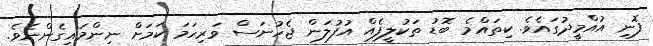
ފޮނި އުއްމީދުގައެވެ. ކިތައްމެ ބޮޑު ތަކުލީފެއް އުފުލަން ޖެހުނަސް ވަރިހަމަ ކަމަށް ނިންމައިގެންނެވެ.